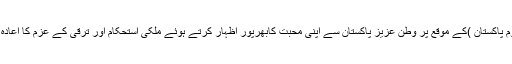
23 مارچ( یوم پاکستان )کے موقع پر وطن عزیز پاکستان سے اپنی محبت کابھرپور اظہار کرتے ہوئے ملکی استحکام اور ترقی کے عزم کا اعادہ کیا جائے گا۔